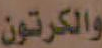
والكرتون